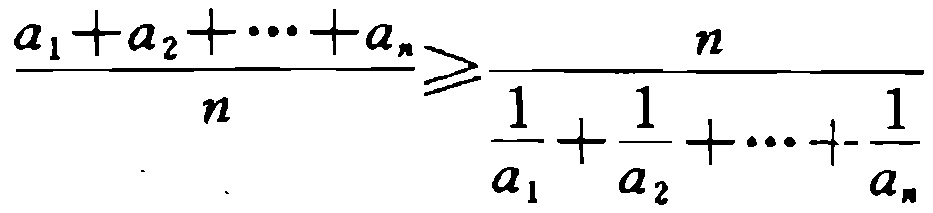
\frac{a_{1}+a_{2}+\cdots +a_{n}}{n}\geq \frac{n}{\frac{1}{a_{1}}+\frac{1}{a_{2}}+\cdots +\frac{1}{a_{n}}}